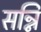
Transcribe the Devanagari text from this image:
सन्नि